V__Kingissepa_nim__kolhoos, lk 81
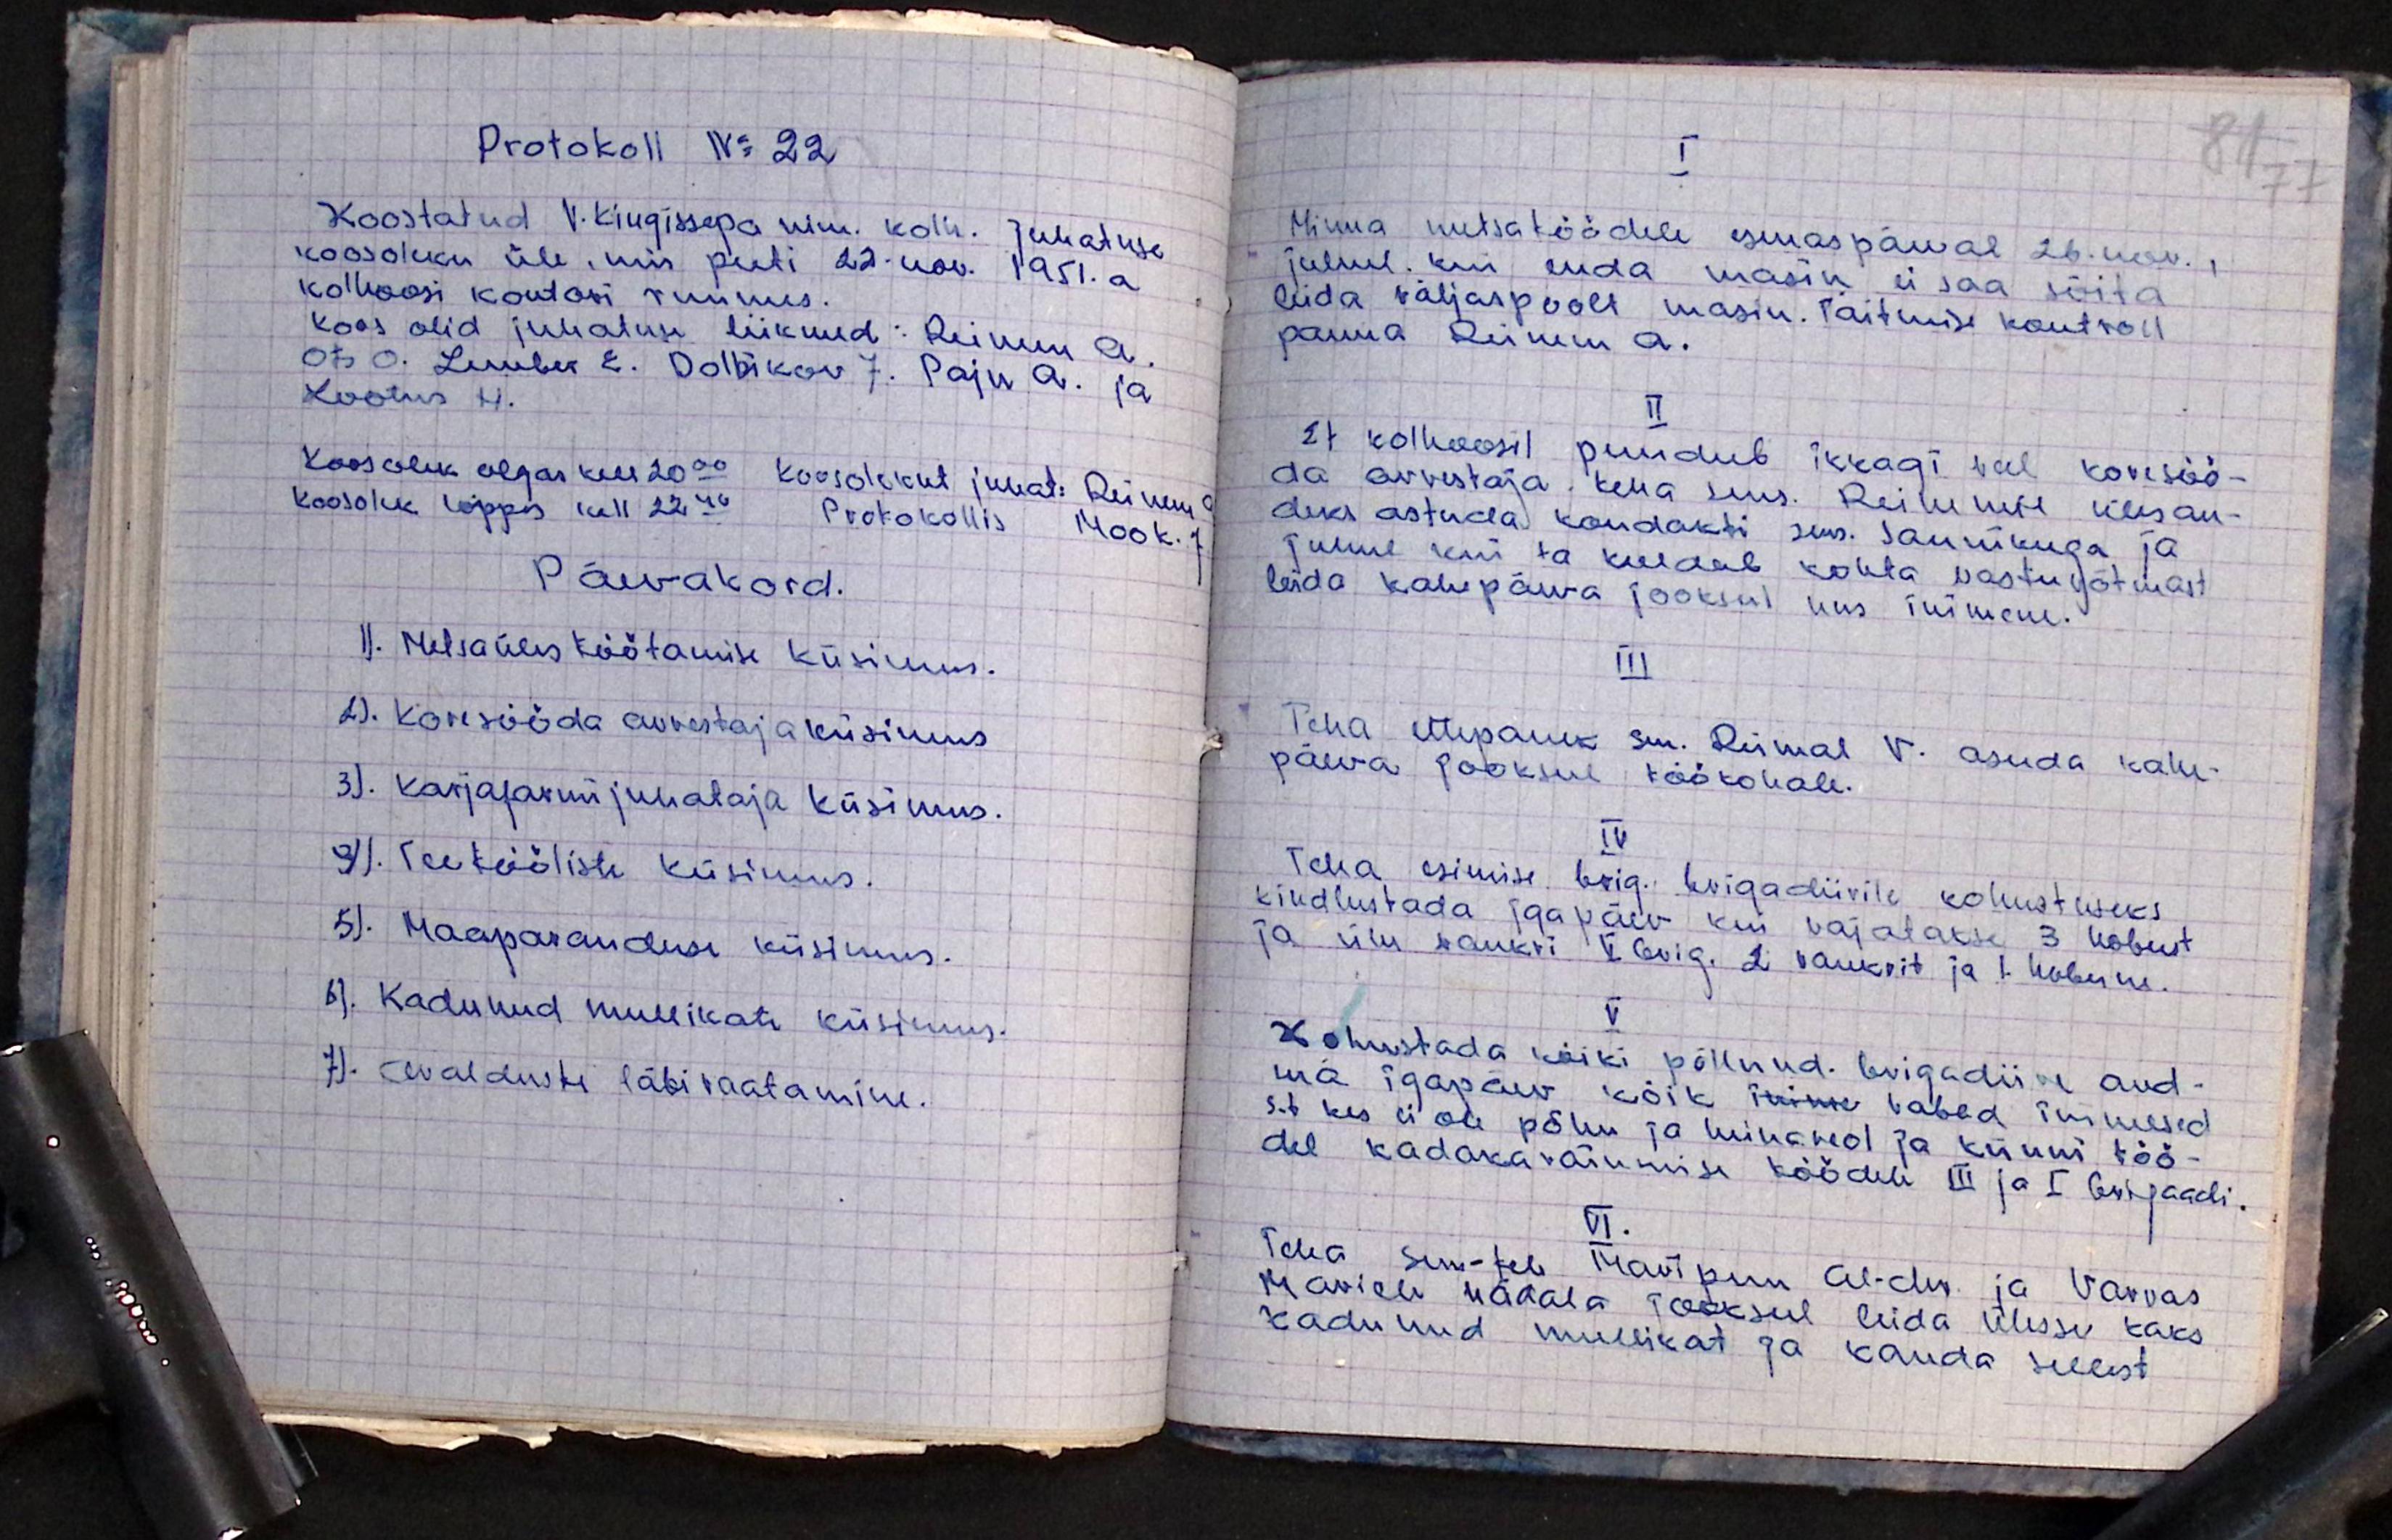
Protokoll No 22
Koostatud V. kingissepa nim. kolh. Juhatuse
koosoleku üle, mis peeti 22. nov. 1951. a.
kolhoosi kontori ruumes.
koos olid juhatuse liikmed: Reinum A.
Ots O. Lember E. Dolbikov J. Paju A. ja
Lootus H.
Koosolek algav kell 20.00 koosolekut juhatas Reinem
koosolek lõppes kell 22.40 Protokollis Mook. J
Päevakord.
1). Metsa üles töötamise küsimus.
2). Korisööda arvestaja küsimus
3). Karjafarmi juhataja küsimus.
9). Teeteööliste küsimus.
5). Maaparanduse küsimus.
6). Kadunud mullikate küsimus.
7). Avalduste läbivaatamine.

I
81 77
Minna metsatöödele esmaspäeval 26. nov.,
juhul kui enda masin ei saa sõita
leida väljaspoolt masin. Täitmise kontroll
panna Reinem A.
II
Et kolhoosil puudub ikkagi veel karisöö-
da arvestaja teha uus. Reilumise ülesan-
deks astuda kondakti sms. Saunikuga ja
Tunne kui ta keeldub kohta vastuvõtmast
leida kahepäewa jooksul uus inimene.
III
Teha ettepanek sms. Reimal V. asuda kahe-
päeva jooksul töökohale.
IV
Teha esimise brig. brigadiirile kohustuseks,
kindlustada igapäev kui vajatakse 3 hobust
ja ühe vankri V. brig. 2. vankvit ja 1. hobune.
V.
Kohustada kõiki põllund. brigadiire and-
ma igapäev kõik inim vabad inimesed
s.t. kes ei ole põhu ja heinaveol ja künni töö-
del kadakaraiumise töödele III ja I brigaadi.
VI.
Teha sms-tel Maripuu Al-der ja Varvas
Marieli nädala jooksul leida ülesse kaks
kadunud mullikat ja kanda sellest